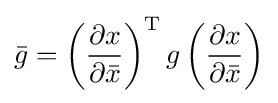
{\bar {g}}=\left({\frac {\partial x}{\partial {\bar {x}}}}\right)^{\text{T}}g\left({\frac {\partial x}{\partial {\bar {x}}}}\right)